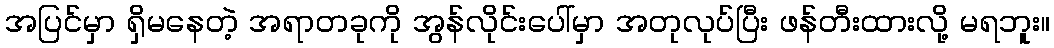
အပြင်မှာ ရှိမနေတဲ့ အရာတခုကို အွန်လိုင်းပေါ်မှာ အတုလုပ်ပြီး ဖန်တီးထားလို့ မရဘူး။